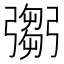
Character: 𢐨